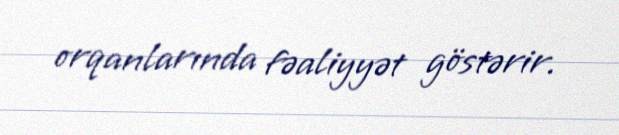
orqanlarında fəaliyyət göstərir.